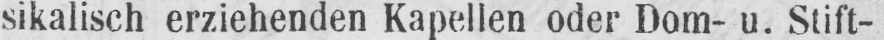
sikalisch erziehenden Kapellen oder Dom- u. Stift-